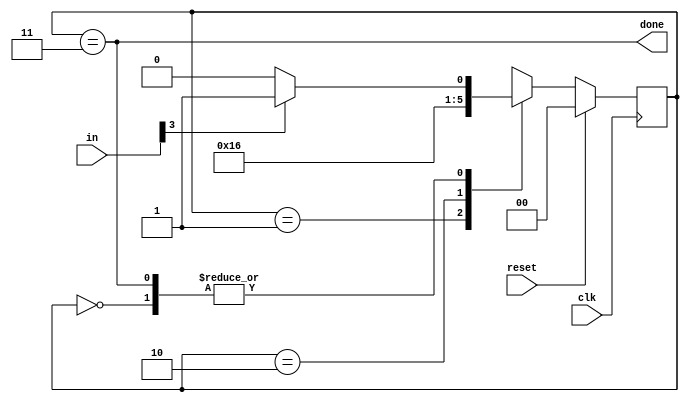
// This program was cloned from: https://github.com/anik-m/hdlbits_for_verilog
// License: GNU General Public License v3.0

module top_module(
    input clk,
    input [7:0] in,
    input reset,    // Synchronous reset
    output done); //

    reg[1:0] state,next_state;
    //reg inp= in[3];
    parameter A=0, B=1, C=2, D=3;
    always @(*) begin
        case(state)
            A: next_state <= (in[3])?B:A;
            B: next_state <= C;
            C: next_state <= D;
            D: next_state <= (in[3])?B:A;
        endcase
    end
    always @(posedge clk) begin
        if(reset)
            state <=A;
        else
            state<=next_state;
    end
    assign done = (state == D);
    // State transition logic (combinational)

    // State flip-flops (sequential)
 
    // Output logic

endmodule